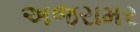
અજરામર